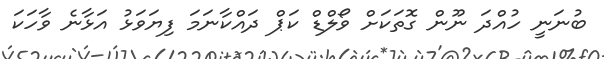
ބުނަނީ ހުއްދަ ނޫން ގޮތަކަށް ވޯލްޑް ކަޕް ދައްކާނަމަ ފިޔަވަޅު އަޅާނެ ވާހަކަ